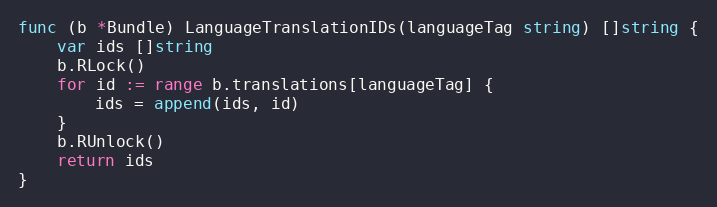
Language: Go
func (b *Bundle) LanguageTranslationIDs(languageTag string) []string {
	var ids []string
	b.RLock()
	for id := range b.translations[languageTag] {
		ids = append(ids, id)
	}
	b.RUnlock()
	return ids
}